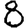
Digit: 8